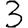
Digit: 3